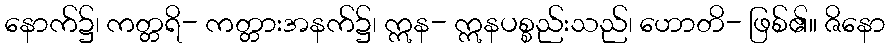
နောက်၌၊ ကတ္တရိ- ကတ္တားအနက်၌၊ ဣန- ဣနပစ္စည်းသည်၊ ဟောတိ- ဖြစ်၏။ ဇိနော